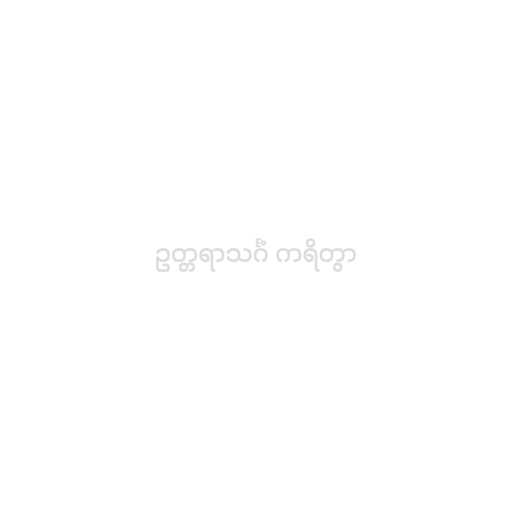
ဥတ္တရာသင်္ဂံ ကရိတွာ